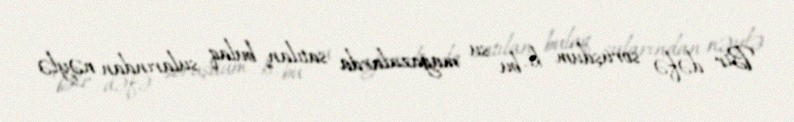
Bir dəfə soruşdum ki, bu su mağazalarda satılan bulaq sularından nəylə